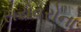
સરોવરોના